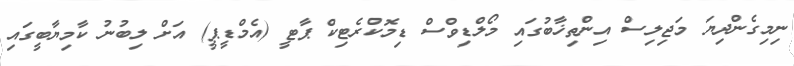
ނިމިގެންދިޔަ މަޖިލިސް އިންތިޚާބުގައި މޯލްޑިވްސް ޑިމޮކްރެޓިކް ޕާޓީ (އެމްޑީޕީ) އަށް ލިބުނު ކާމިޔާބީގައި